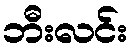
ဘီးလင်း